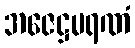
အဇေဋ္ဌမရဏံ